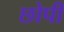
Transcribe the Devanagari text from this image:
छोपी